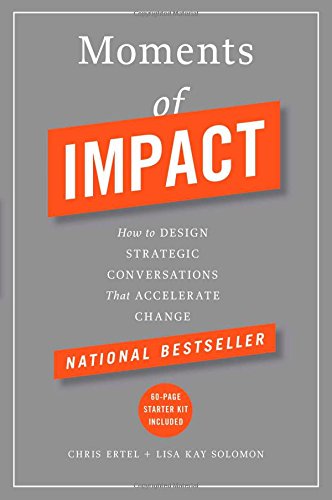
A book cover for Moments of Impact: How to Design Strategic Conversations That Accelerate Change; Chris Ertel; Business & Money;